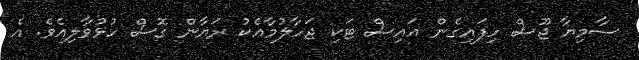
ސާމިޔާ ޖޫސް ހިފައިގެން އައިސް ޓަކި ޖަހާލުމާއެކު ރަޔާން ގޮސް ހުޅުވާލިއެވެ. އެ